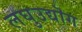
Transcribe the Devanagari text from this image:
लघुउद्यॊग